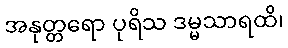
အနုတ္တရော ပုရိသ ဒမ္မသာရထိ၊